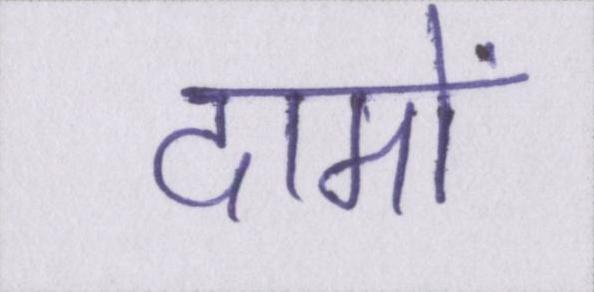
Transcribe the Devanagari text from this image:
दामों